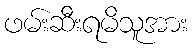
ဖမ်းဆီးရမိသူအား